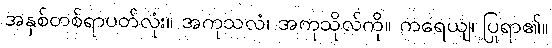
အနှစ်တစ်ရာပတ်လုံး။ အကုသလံ၊ အကုသိုလ်ကို။ ကရေယျ၊ ပြုရာ၏။